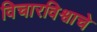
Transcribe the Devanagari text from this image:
विचारविश्वाचे